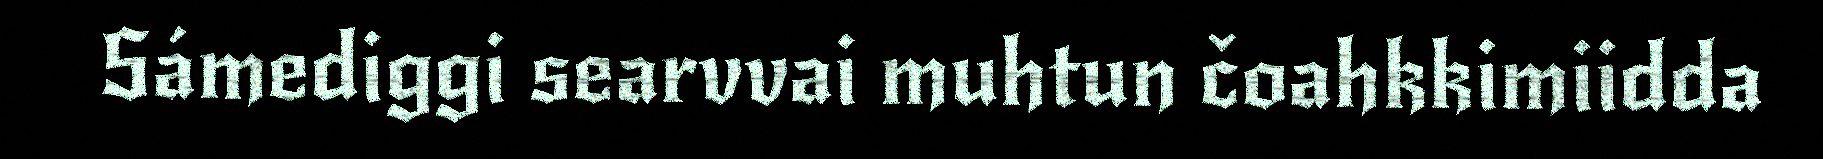
Sámediggi searvvai muhtun čoahkkimiidda